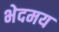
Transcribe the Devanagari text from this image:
भेदमय